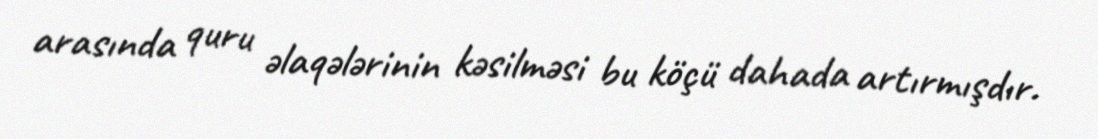
arasında quru əlaqələrinin kəsilməsi bu köçü dahada artırmışdır.